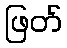
ဖြတ်